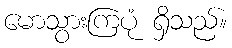
မောသွားကြပုံ ရှိသည်။